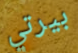
بيرتي